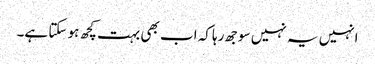
انہیں یہ نہیں سوجھ رہا کہ اب بھی بہت کچھ ہو سکتا ہے۔